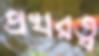
প্রখরত্ব